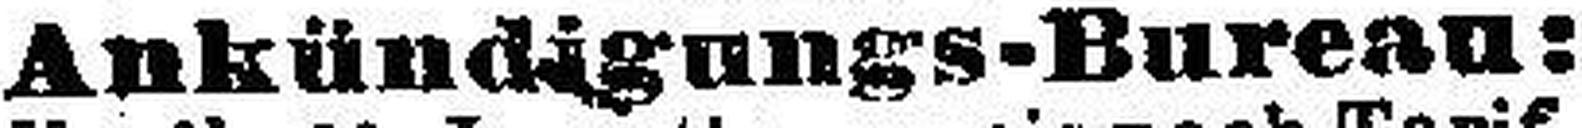
Ankündigungs-Bureau: